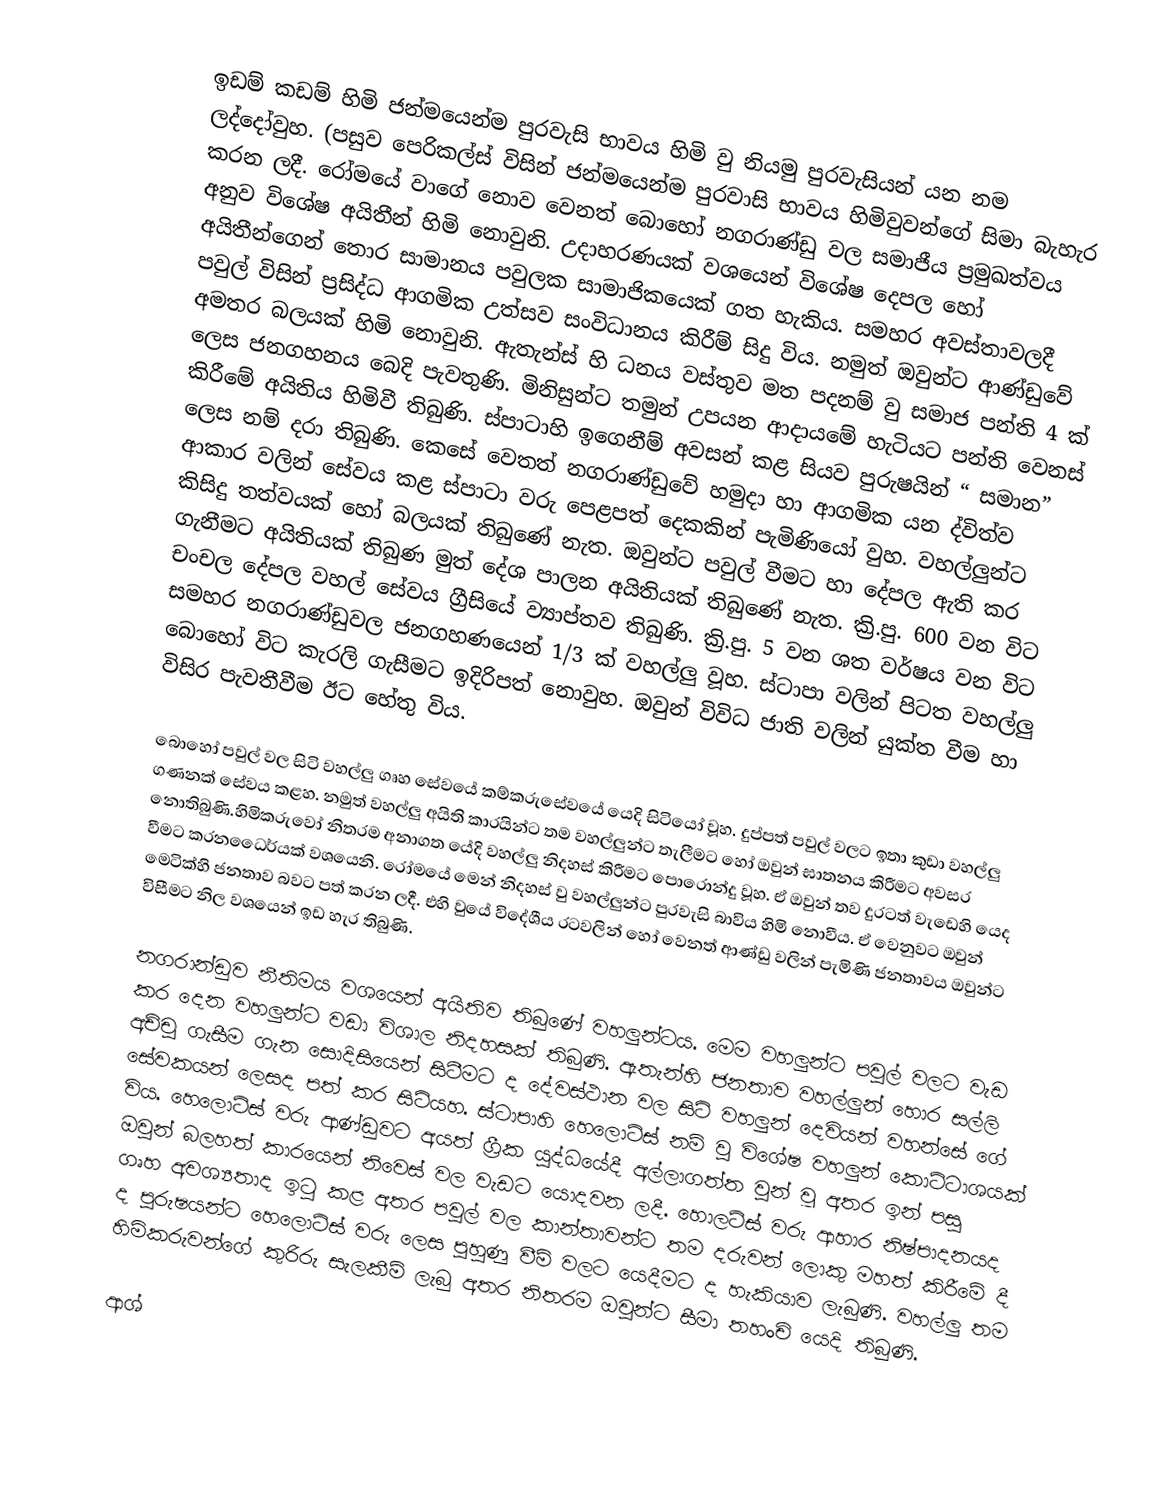
ඉඩම් කඩම් හිමි ජන්මයෙන්ම පුරවැසි භාවය හිමි වු නියමු පුරවැසියන් යන නම ලද්‍දෝවුහ. (පසුව පෙරිකල්ස් විසින් ජන්මයෙන්ම පුරවාසි භාවය හිමිවුවන්ගේ සිමා බැහැර කරන ලදී. රෝමයේ වාගේ නොව වෙනත් බොහෝ නගරාණ්ඩු වල සමාජීය ප්‍රමුඛත්වය අනුව විශේෂ අයිතීන් හිමි නොවුනි. උදාහරණයක් වශයෙන් විශේෂ දෙපල හෝ අයිතීන්ගෙන් තොර සාමානය පවුලක සාමාජිකයෙක් ගත හැකිය. සමහර අවස්තාවලදී පවුල් විසින් ප්‍රසිද්ධ ආගමික උත්සව සංවිධානය කිරීම් සිදු විය. නමුත් ඔවුන්ට ආණ්ඩුවේ අමතර බලයක් හිමි නොවුනි. ඇතැන්ස් හි ධනය වස්තුව මත පදනම් වු සමාජ පන්ති 4 ක් ලෙස ජනගහනය බෙදි පැවතුණි. මිනිසුන්ට තමුන් උපයන ආදායමේ හැටියට පන්ති වෙනස් කිරීමේ අයිතිය හිමිවී තිබුණි. ස්පාටාහි ඉගෙනීම් අවසන් කළ සියව පුරුෂයින් “ සමාන” ලෙස නම් දරා තිබුණි. කෙසේ වෙතත් නගරාණ්ඩුවේ හමුදා හා ආගමික යන ද්විත්ව ආකාර වලින් සේවය කළ ස්පාටා වරු පෙළපත් දෙකකින් පැමිණි‍යෝ වුහ. වහල්ලුන්ට කිසිදු තත්වයක් හෝ බලයක් තිබුණේ නැත. ඔවුන්ට පවුල් වීමට හා දේපල ඇති කර ගැනීමට අයිතියක් තිබුණ මුත් දේශ පාලන අයිතියක් තිබුණේ නැත. ක්‍රි.පු. 600 වන විට චංචල දේපල වහල් සේවය ග්‍රීසියේ ව්‍යාප්තව තිබුණි. ක්‍රි.පු. 5 වන ශත වර්ෂය වන විට සමහර නගරාණ්ඩුවල ජනගහණයෙන් 1/3 ක් වහල්ලු වූහ. ස්ටාපා වලින් පිටත වහල්ලු ‍බොහෝ විට කැරලි ගැසීමට ඉදිරිපත් නොවුහ. ඔවුන් විවිධ ජාති වලින් යුක්ත වීම හා විසිර පැවතීවීම ඊ‍ට හේතු විය.

බොහෝ පවුල් වල සිටි වහල්ලු ගෘහ සේවයේ කම්කරුසේවයේ යෙදි සිටියෝ වූහ. දුප්පත් පවුල් වලට ඉතා කුඩා වහල්ලු ගණනක් සේවය කළහ. නමුත් වහල්ලු අයිති කාරයින්ට තම වහල්ලුන්ට තැලීමට හෝ ඔවුන් ඝාතනය කිරීමට අවසර නොතිබුණි.හිමිකරුවෝ නිතරම අනාගත යේදි වහල්ලු නිදහස් කිරීමට පොරොන්දු වූහ. ඒ ඔවුන් තව දුරටත් වැඩෙහි යෙද වීමට කරන‍ධෛර්යක් වශයෙනි. රෝමයේ මෙන් නිදහස් වු වහල්ලුන්ට පුරවැසි බාවිය හිමි නොවීය. ඒ වෙනුවට ඔවුන් මෙටික්හි ජනතාව බවට පත් කරන ලදී. එහි වුයේ විදේශීය රටවලින් හෝ වෙනත් ආණ්ඩු වලින් පැමිණි ජනතාවය ඔවුන්ට විසීමට නිල වශයෙන් ඉඩ හැර තිබුණි.

නගරාන්ඩුව නීතිමය වශයෙන් අයිතිව තිබුණේ වහලුන්ටය. මෙම වහලුන්ට පවුල් වලට වැඩ කර දෙන වහලුන්ට වඩා විශාල නිදහසක් තිබුණි. ඇතැන්හි ජනතාව වහල්ලුන් හොර සල්ලි අච්චු ගැසීම ගැන සොදිසියෙන් සිටීමට ද දේවස්ථාන වල සිටි වහලුන් දෙවියන් වහන්සේ ගේ සේවකයන් ලෙසද පත් කර සිටියහ. ස්ටාපාහි හෙලොට්ස් නම් වු විශේෂ වහලුන් කොට්ටාශයක් විය. හෙලොට්ස් වරු ආණ්ඩුවට අයත් ග්‍රීක යුද්ධයේදී අල්ලාගත්ත වුන් වූ අතර ඉන් පසු ඔවුන් බලහත් කාරයෙන් නිවෙස් වල වැඩට යොදවන ලදී. හොලට්ස් වරු ආහාර නිෂ්පාදනයද ගෘහ අවශ්‍යතාද ඉටු කළ අතර පවුල් වල කාන්තාවන්ට තම දරුවන් ලොකු මහත් කිරීමේ දී ද පුරුෂයන්ට හෙලොට්ස් වරු ලෙස පුහුණු වීම් වලට යෙදීමට ද හැකියාව ලැබුණි. වහල්ලු තම හිමිකරුවන්ගේ කුරිරු සැලකීම් ලැබු අතර නිතරම ඔවුන්ට සීමා තහංචි යෙදි තිබුණි.

ආශ්‍